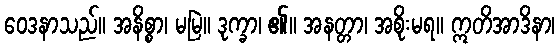
ဝေဒနာသည်။ အနိစ္စာ၊ မမြဲ။ ဒုက္ခာ၊ ၏။ အနတ္တာ၊ အစိုးမရ။ ဣတိအာဒိနာ၊